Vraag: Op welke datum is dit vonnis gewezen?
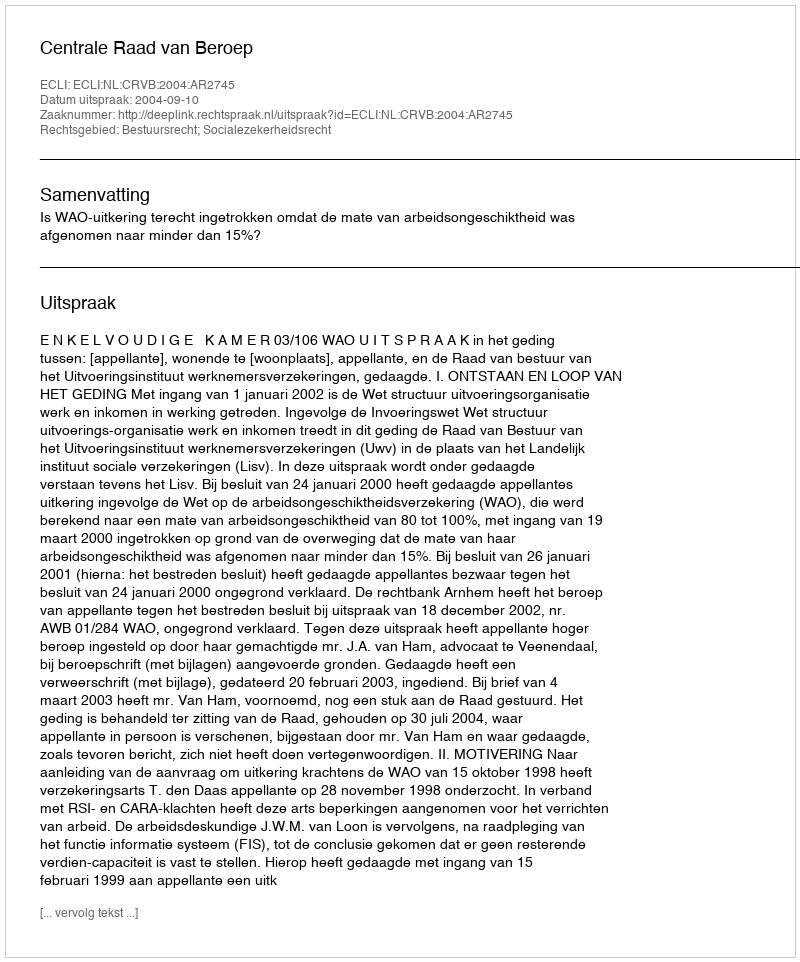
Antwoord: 2004-09-10